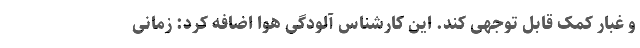
و غبار کمک قابل توجهی کند. این کارشناس آلودگی هوا اضافه کرد: زمانی